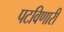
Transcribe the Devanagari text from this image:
पटविणारी